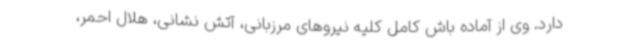
دارد. وی از آماده باش کامل کلیه نیروهای مرزبانی، آتش نشانی، هلال احمر،